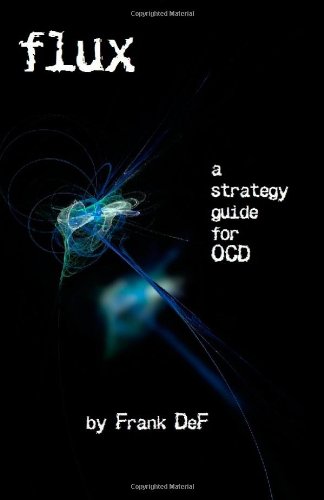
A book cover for Flux - A Strategy Guide for OCD; Frank DeF; Health, Fitness & Dieting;